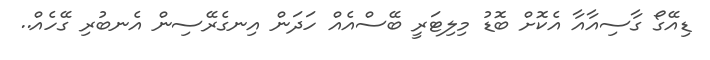
ޑިއޭގޯ ގާސިއާއާ އެކޮށް ބޮޑު މިލިޓަރީ ބޭސްއެއް ހަދަން އިނގެރޭސިން އެނބުރި ގޭހެއް..